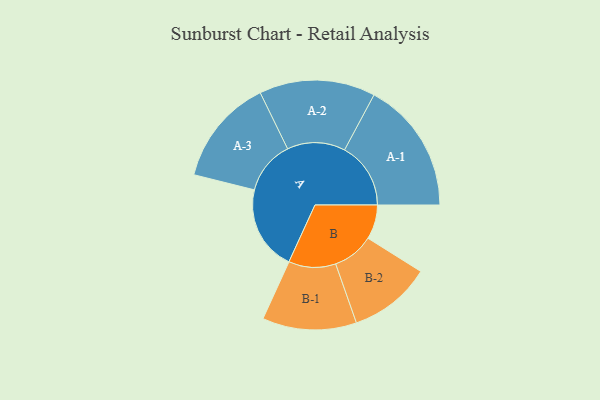
{"axis": {"x": "Segment", "y": "Value"}, "legend": ["", "A", "B"], "data": [{"x": "A", "y": 334, "type": ""}, {"x": "B", "y": 135, "type": ""}, {"x": "A-1", "y": 260, "type": "A"}, {"x": "A-2", "y": 228, "type": "A"}, {"x": "A-3", "y": 210, "type": "A"}, {"x": "B-1", "y": 185, "type": "B"}, {"x": "B-2", "y": 162, "type": "B"}]}